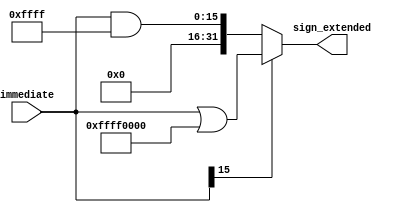
`timescale 1ns / 1ps
//////////////////////////////////////////////////////////////////////////////////
// Company: 
// Engineer: 
// 
// Design Name: 
// Module Name:    sign_extend 
// Project Name: 
// Target Dev ices: 
// Tool versions: 
// Description: 
//
// Dependencies: 
//
// Revision: 
// Revision 0.01 - File Created
// Additional Comments: 
//
//////////////////////////////////////////////////////////////////////////////////
module sign_extend(
    input [15:0] immediate,
    output reg [31:0] sign_extended
    );
	 
	initial
	begin
		sign_extended = 0;
	end

	always @*
	begin
		if(immediate[15] == 1'b0)
			sign_extended = immediate & 32'b00000000_00000000_11111111_11111111;
		else
			sign_extended = immediate | 32'b11111111_11111111_00000000_00000000;
	end

endmodule